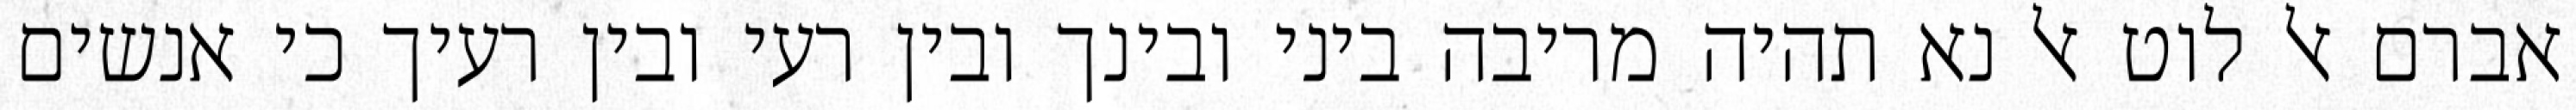
אברם אל לוט אל נא תהיה מריבה ביני ובינך ובין רעי ובין רעיך כי אנשים